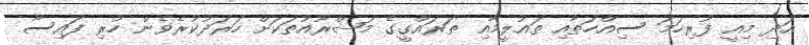
އަދި މިއީ ފުރިހަމަ ސިއްހަތާއި ތައުލީމާއި ތަރައްގީގެ މަޝްރޫއުތަކަށް ހަރަދުކުރެވެން ހުރި ފައިސާ